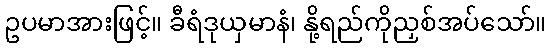
ဥပမာအားဖြင့်။ ခီရံဒုယှမာနံ၊ နို့ရည်ကိုညှစ်အပ်သော်။